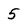
Character: 5